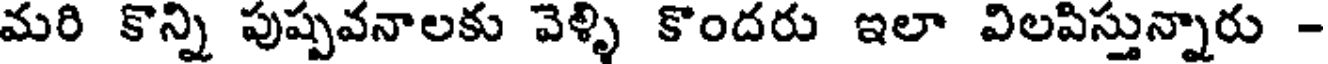
మరి కొన్ని పుష్పవనాలకు వెళ్ళి కొందరు ఇలా విలపిస్తున్నారు -